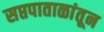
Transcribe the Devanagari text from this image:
सप्तपाताळांतून